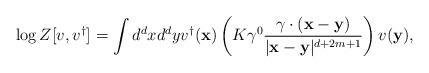
LaTeX: \begin{align*}\log Z[{v},{v}^{\dagger }]=\int d^{d}{x}d^{d}{y}{v}^{\dagger }({\mathbf{x}})\left( K\gamma ^{0}\frac{\gamma \cdot ({\mathbf{x}}-{\mathbf{y}})}{|{\mathbf{x}}-{\mathbf{y}}|^{d+2m+1}}\right) {v}({\mathbf{y}}),\end{align*}